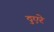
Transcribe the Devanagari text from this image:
दुएरे